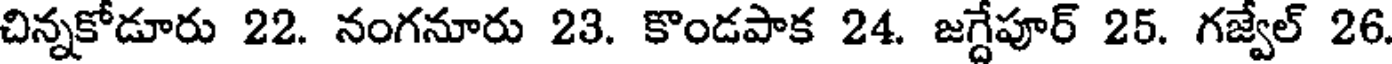
చిన్నకోడూరు 22. నంగనూరు 23. కొండపాక 24. జగ్దేపూర్ 25. గజ్వేల్ 26